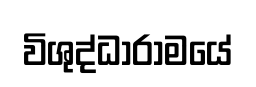
විශුද්ධාරාමයේ